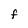
Character: F